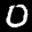
Label: 0